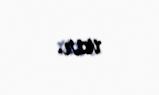
var.